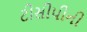
ટીસીપીની